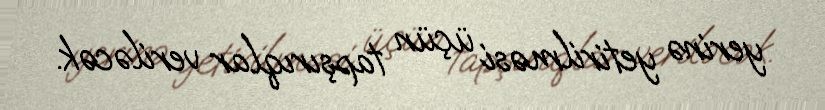
yerinə yetirilməsi üçün tapşırıqlar veriləcək.